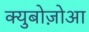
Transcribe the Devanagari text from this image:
क्युबोज़ोआ